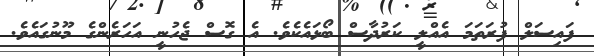
ފައިސަލް ފުރަތަމަ އެއްލީ ކަރުދާސް ބޯޅައެކެވެ. އެ ގޮސް ޖެހުނީ އަހަރެންގެ މޫނުގައެވެ.